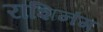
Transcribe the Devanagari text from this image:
राशिनंग